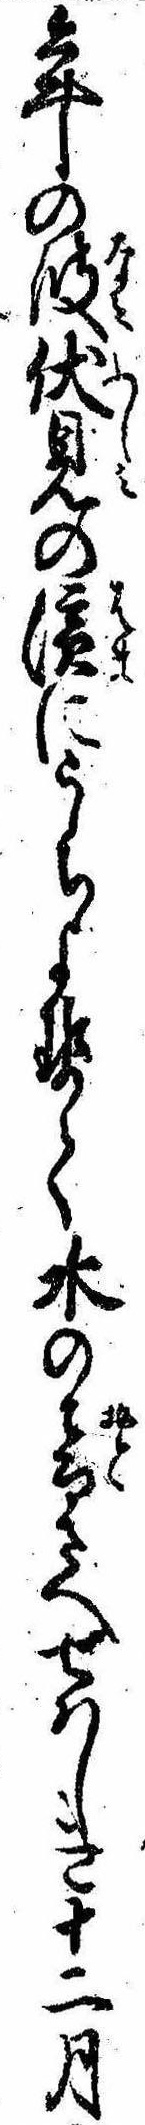
年の波伏見の浜にうちよせて水の音さへせはしき十二月